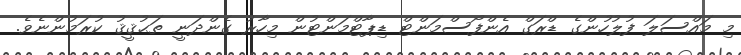
މި މައްސަލަ ފުލުހުންގެ ޑްރަގް އެންފޯސްމަންޓް ޑިޕާޓްމަންޓުން މިހާރު ގެންދަނީ ތަޙުޤީޤު ކުރަމުންނެވެ.